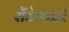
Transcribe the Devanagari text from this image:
सेंटेनाइरे